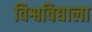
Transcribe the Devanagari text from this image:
विश्वविद्याला